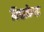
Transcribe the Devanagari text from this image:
विद्याकेन्द्र